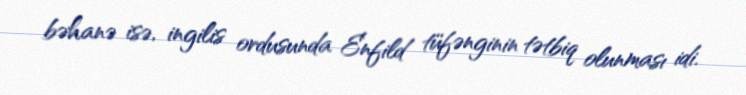
bəhanə isə, ingilis ordusunda Enfild tüfənginin tətbiq olunması idi.